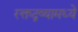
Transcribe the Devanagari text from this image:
रक्तद्रव्यामध्ये